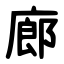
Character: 廊